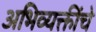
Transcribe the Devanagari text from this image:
अभिव्यक्तींचे